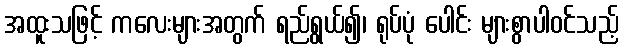
အထူးသဖြင့် ကလေးများအတွက် ရည်ရွယ်၍၊ ရုပ်ပုံ ပေါင်း များစွာပါဝင်သည့်